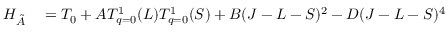
\begin{array} { r l } { H _ { \tilde { A } } } & { { } = T _ { 0 } + A T _ { q = 0 } ^ { 1 } ( L ) T _ { q = 0 } ^ { 1 } ( S ) + B ( J - L - S ) ^ { 2 } - D ( J - L - S ) ^ { 4 } } \end{array}